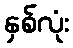
နှစ်လုံး